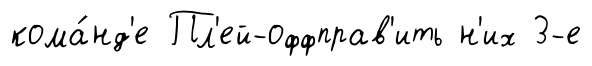
кома́нд'е Пл'ей-оффправ'ить н'их 3-е